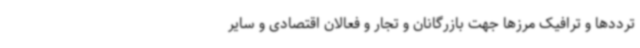
ترددها و ترافیک مرزها جهت بازرگانان و تجار و فعالان اقتصادی و سایر